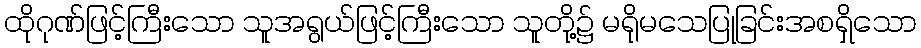
ထိုဂုဏ်ဖြင့်ကြီးသော သူအရွယ်ဖြင့်ကြီးသော သူတို့၌ မရိုမသေပြုခြင်းအစရှိသော